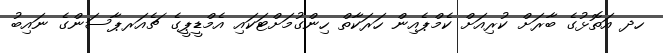
ހދ އަތޮޅުގެ ބާރަށް ކުރިއަށް ކެމްޕެއިން ހަރަކާތް ހިންގުމަށްޓަކައި އެމްޑީޕީގެ ޗެއަރޕާސަންގެ ނައިބު